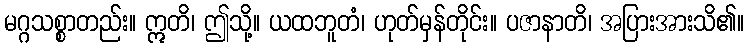
မဂ္ဂသစ္စာတည်း။ ဣတိ၊ ဤသို့။ ယထဘူတံ၊ ဟုတ်မှန်တိုင်း။ ပဇာနာတိ၊ အပြားအားသိ၏။